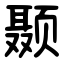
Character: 颞